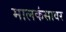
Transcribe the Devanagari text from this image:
मालकंसावर